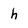
Character: h